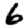
Digit: 6